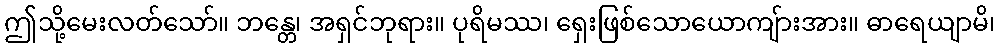
ဤသို့မေးလတ်သော်။ ဘန္တေ၊ အရှင်ဘုရား။ ပုရိမဿ၊ ရှေးဖြစ်သောယောကျ်ားအား။ ဓာရေယျာမိ၊